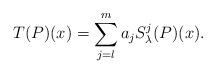
LaTeX: \begin{align*}T(P) (x) = \sum_{j=l}^m a_j S_\lambda^j(P)(x).\end{align*}